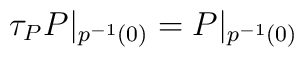
\tau_{P} P|_{p^{-1}(0)}=P|_{p^{-1}(0)}